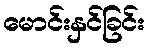
မောင်းနှင်ခြင်း